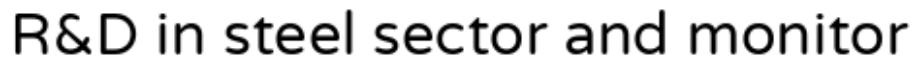
R&D in steel sector and monitor